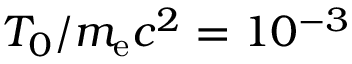
T _ { 0 } / m _ { \mathrm { e } } c ^ { 2 } = 1 0 ^ { - 3 }